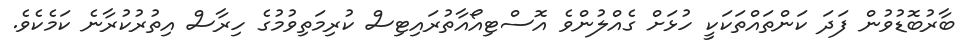
ބާރުބޮޑުވުން ފަދަ ކަންތައްތަކަކީ ހުޅަށް ގެއްލުންވެ އޮސްޓިއޯއާތުރައިޓިސް ކުރިމަތިވުމުގެ ހިރާސް އިތުރުކުރާނެ ކަމެކެވެ.